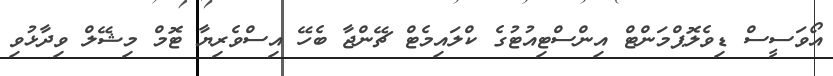
އޯވަސީސް ޑިވެލޮޕްމަންޓް އިންސްޓިއުޓުގެ ކްލައިމެޓް ޗޭންޖާ ބެހޭ އިސްވެރިޔާ ޓޮމް މިޝޭލް ވިދާޅުވި